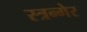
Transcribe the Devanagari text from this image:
स्त्रन्गेर